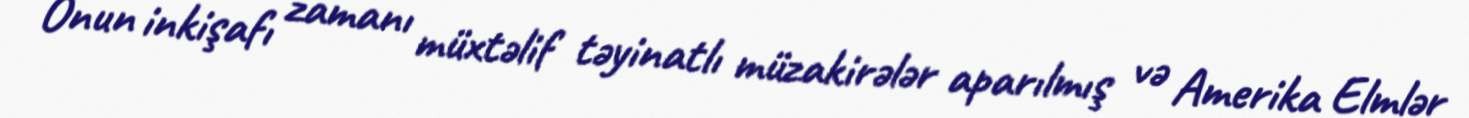
Onun inkişafı zamanı müxtəlif təyinatlı müzakirələr aparılmış və Amerika Elmlər